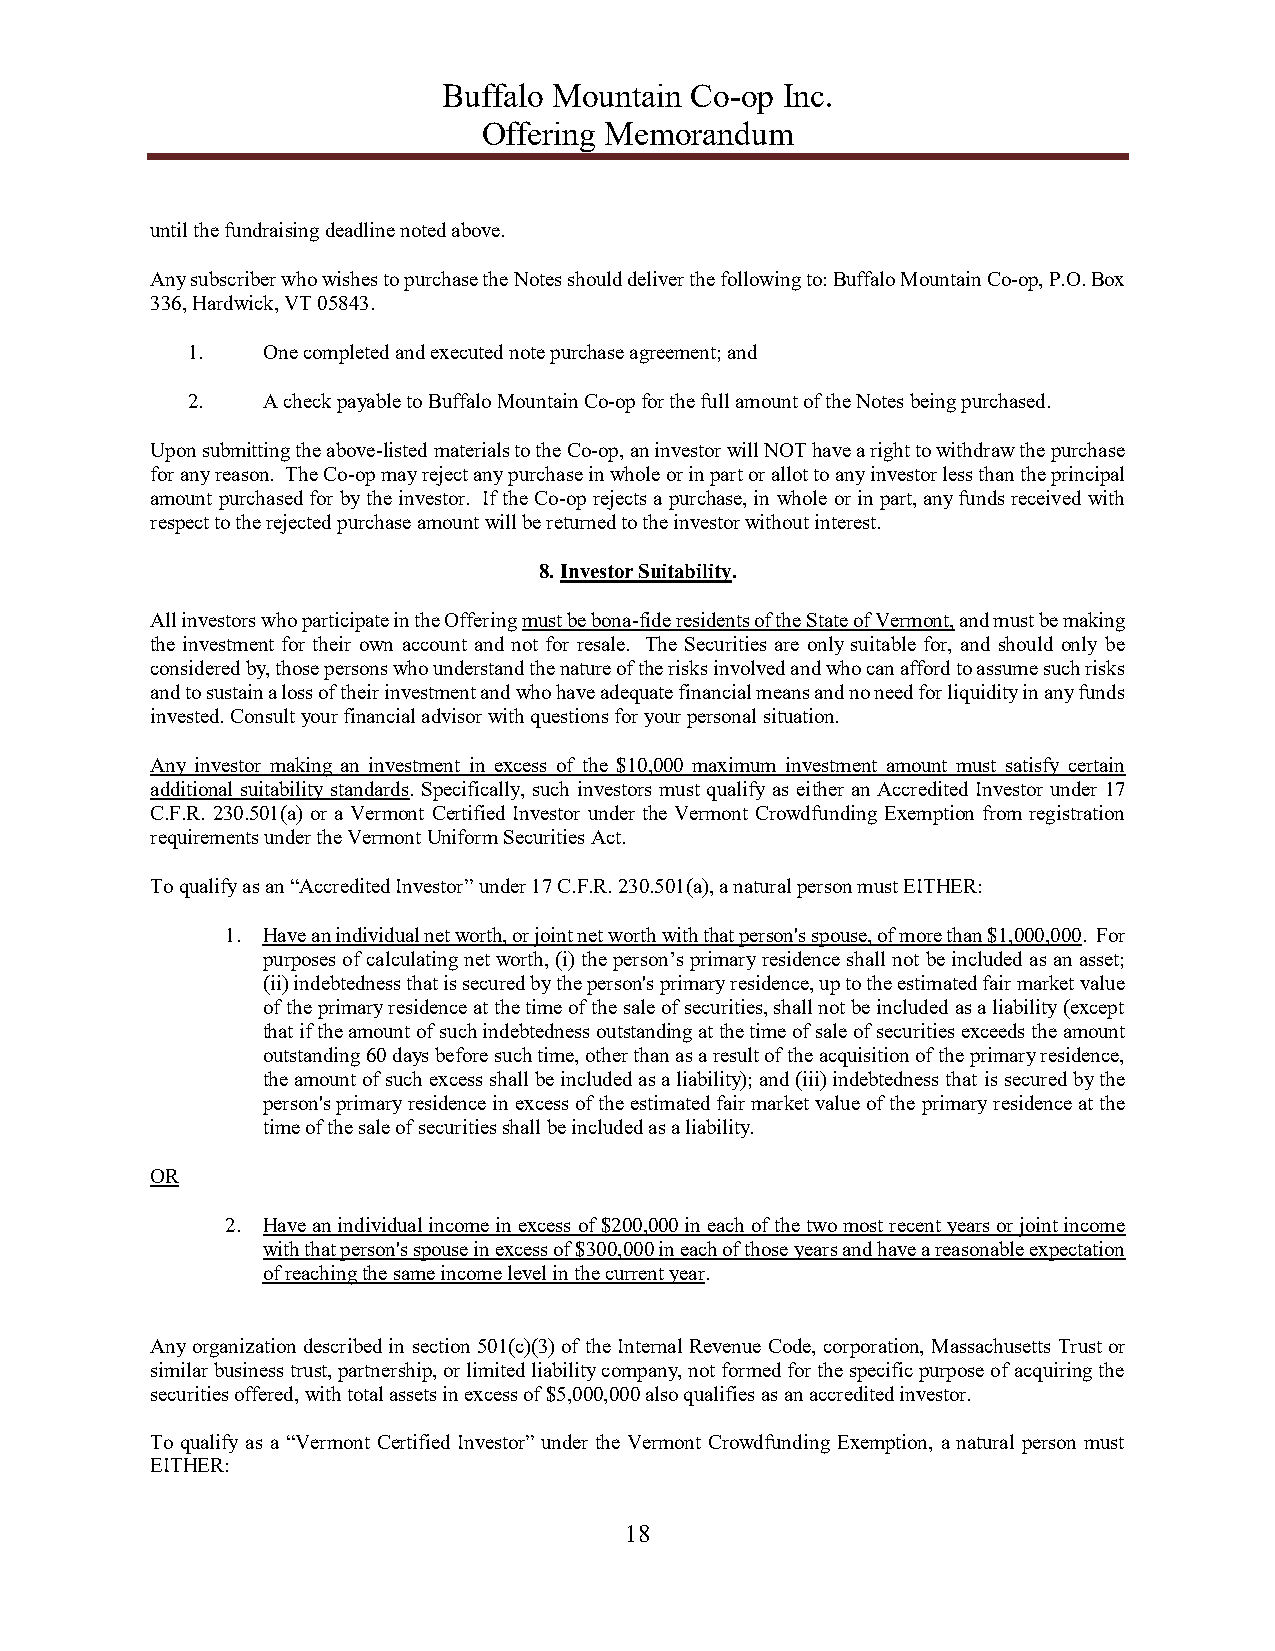
Buffalo Mountain Co-op Inc.
 Offering Memorandum
 until the fundraising deadline noted above.
 Any subscriber who wishes to purchase the Notes should deliver the following to: Buffalo Mountain Co-op, P.O. Box
 336, Hardwick, VT 05843.
 1.   One completed and executed note purchase agreement; and
 2.   A check payable to Buffalo Mountain Co-op for the full amount of the Notes being purchased.
 Upon submitting the above-listed materials to the Co-op, an investor will NOT have a right to withdraw the purchase
 for any reason. The Co-op may reject any purchase in whole or in part or allot to any investor less than the principal
 amount purchased for by the investor. If the Co-op rejects a purchase, in whole or in part, any funds received with
 respect to the rejected purchase amount will be returned to the investor without interest.
 8. Investor Suitability.
 All investors who participate in the Offering must be bona-fide residents of the State of Vermont, and must be making
 the investment for their own account and not for resale. The Securities are only suitable for, and should only be
 considered by, those persons who understand the nature of the risks involved and who can afford to assume such risks
 and to sustain a loss of their investment and who have adequate financial means and no need for liquidity in any funds
 invested. Consult your financial advisor with questions for your personal situation.
 Any investor making an investment in excess of the $10,000 maximum investment amount must satisfy certain
 additional suitability standards. Specifically, such investors must qualify as either an Accredited Investor under 17
 C.F.R. 230.501(a) or a Vermont Certified Investor under the Vermont Crowdfunding Exemption from registration
 requirements under the Vermont Uniform Securities Act.
 To qualify as an “Accredited Investor” under 17 C.F.R. 230.501(a), a natural person must EITHER:
 1. Have an individual net worth, or joint net worth with that person's spouse, of more than $1,000,000. For
 purposes of calculating net worth, (i) the person’s primary residence shall not be included as an asset;
 (ii) indebtedness that is secured by the person's primary residence, up to the estimated fair market value
 of the primary residence at the time of the sale of securities, shall not be included as a liability (except
 that if the amount of such indebtedness outstanding at the time of sale of securities exceeds the amount
 outstanding 60 days before such time, other than as a result of the acquisition of the primary residence,
 the amount of such excess shall be included as a liability); and (iii) indebtedness that is secured by the
 person's primary residence in excess of the estimated fair market value of the primary residence at the
 time of the sale of securities shall be included as a liability.
 OR
 2. Have an individual income in excess of $200,000 in each of the two most recent years or joint income
 with that person's spouse in excess of $300,000 in each of those years and have a reasonable expectation
 of reaching the same income level in the current year.
 Any organization described in section 501(c)(3) of the Internal Revenue Code, corporation, Massachusetts Trust or
 similar business trust, partnership, or limited liability company, not formed for the specific purpose of acquiring the
 securities offered, with total assets in excess of $5,000,000 also qualifies as an accredited investor.
 To qualify as a “Vermont Certified Investor” under the Vermont Crowdfunding Exemption, a natural person must
 EITHER:
 18